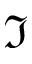
\Im